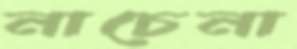
নাচেনা